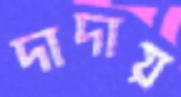
দাদায়